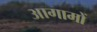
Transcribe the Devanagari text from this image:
आगामों